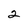
Character: 2